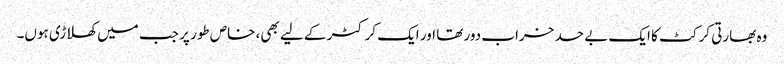
وہ بھارتی کرکٹ کا ایک بے حد خراب دور تھا اور ایک کرکٹر کے لیے بھی، خاص طور پر جب میں کھلاڑی ہوں۔